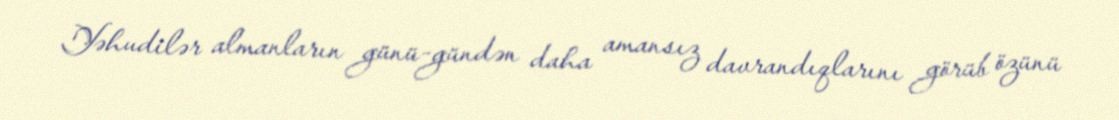
Yəhudilər almanların günü-gündən daha amansız davrandıqlarını görüb özünü